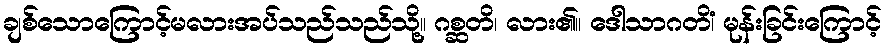
ချစ်သောကြောင့်မလားအပ်သည်သည်သို့။ ဂစ္ဆတိ၊ လား၏။ ဒေါသာဂတိံ၊ မုန်းခြင်းကြောင့်